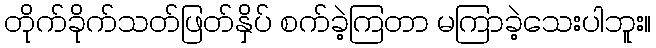
တိုက်ခိုက်သတ်ဖြတ်နှိပ် စက်ခဲ့ကြတာ မကြာခဲ့သေးပါဘူး။